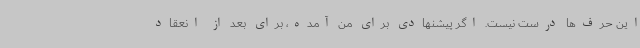
این حرف‌ها درست نیست. اگر پیشنهادی برای من آمده، برای بعد از انعقاد